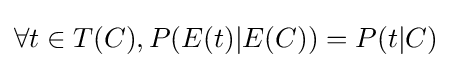
\forall t\in T(C),P(E(t)|E(C))=P(t|C)